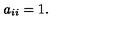
a _ { i i } = 1 .